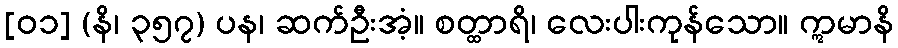
[၀၁] (နိ၊ ၃၅၇) ပန၊ ဆက်ဦးအံ့။ စတ္ထာရိ၊ လေးပါးကုန်သော။ ဣမာနိ